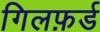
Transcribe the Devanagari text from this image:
गिलफ़र्ड